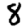
Digit: 8